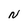
Character: N